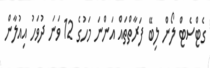
ގެޓްސެޓް ލޯން ލިބޭ ފަރާތްތައް އަންނަ މަހުގެ 12 ވަނަ ދުވަހު އިއުލާން